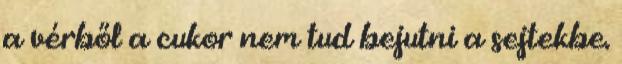
a vérből a cukor nem tud bejutni a sejtekbe.